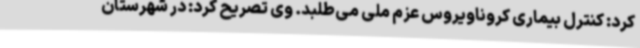
کرد: کنترل بیماری کروناویروس عزم ملی می‌طلبد. وی تصریح کرد: در شهرستان